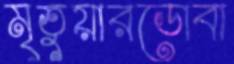
মৃতুয়ারডোবা